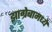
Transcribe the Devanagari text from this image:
झाग्रेबामध्ये